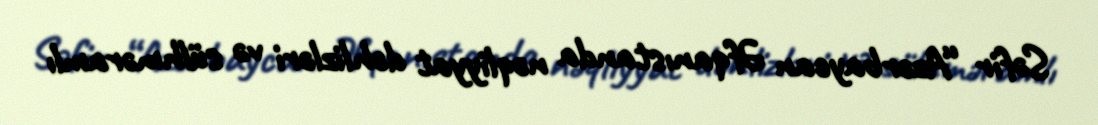
Səfir “Azərbaycan Əfqanıstanda nəqliyyat dəhlizləri və sülhməramlı